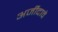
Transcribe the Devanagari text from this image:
अर्जीदावे